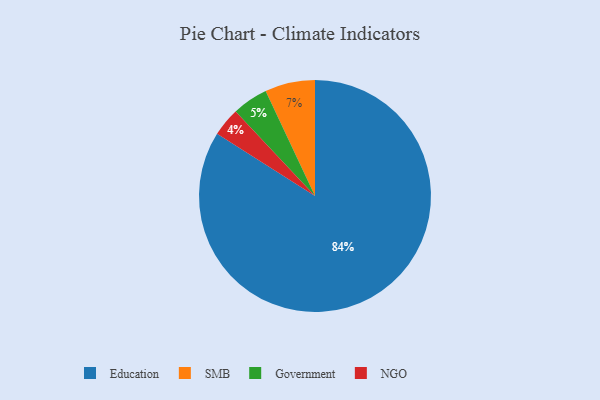
{"axis": {"x": "Category", "y": "Percentage"}, "legend": ["Education", "Government", "NGO", "SMB"], "data": [{"x": "SMB", "y": 7, "type": "SMB"}, {"x": "Government", "y": 5, "type": "Government"}, {"x": "NGO", "y": 4, "type": "NGO"}, {"x": "Education", "y": 84, "type": "Education"}]}